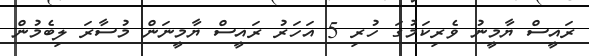
ރައީސް ޔާމީނު ވެރިކަމުގަ ހުރި 5 އަހަރު ރައީސް ޔާމީނަން މުސާރަ ލިބެމުން